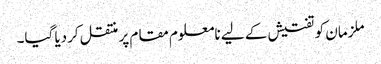
ملزمان کو تفتیش کے لیے نامعلوم مقام پر منتقل کردیا گیا۔